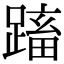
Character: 𨃕